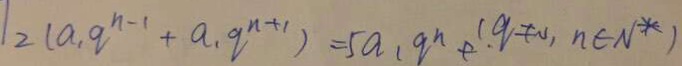
1 2 ( a _ { 1 } q ^ { n - 1 } + a _ { 1 } q ^ { n + 1 } ) = 5 a _ { 1 } q ^ { n } + . ( q \neq 0 , n \in N ^ { \ast } )